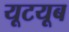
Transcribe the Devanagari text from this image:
यूटयूब